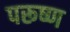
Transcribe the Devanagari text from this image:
परूष्ण